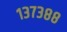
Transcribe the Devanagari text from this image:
१३७३८८